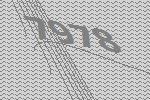
7978